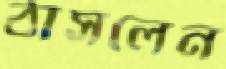
ঠাসলেন